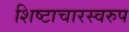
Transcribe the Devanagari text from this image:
शिष्टाचारस्वरुप